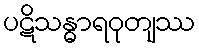
ပဋိသန္ဓာရဝုတျဿ